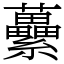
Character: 虆